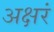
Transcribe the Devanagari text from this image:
अक्षरं